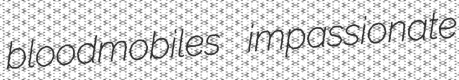
bloodmobiles impassionate